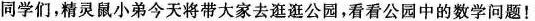
同学们，精灵鼠小弟今天将带大家去逛逛公园，看看公园中的数学问题！